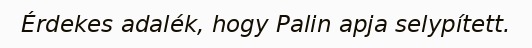
Érdekes adalék, hogy Palin apja selypített.